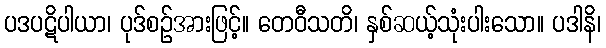
ပဒပဋိပါယာ၊ ပုဒ်စဉ်အားဖြင့်။ တေဝီသတိ၊ နှစ်ဆယ့်သုံးပါးသော။ ပဒါနိ၊